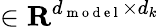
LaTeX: \in\mathbf{R}^{d_{\mathrm{~m~o~d~e~l~}}\times d_{k}}